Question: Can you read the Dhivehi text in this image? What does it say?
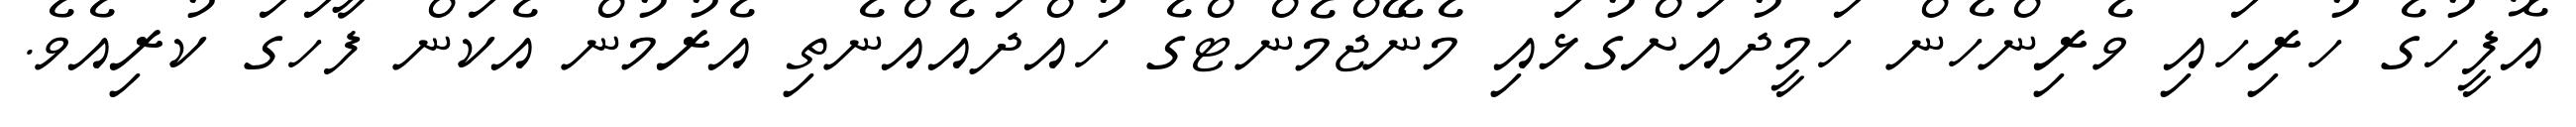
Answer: އޮފީހުގެ ހުރިހައި ވެރިންހެން ހަމީދުއަށްގުޅައި މެނޭޖްމެންޓްގެ ހުއްދައެއްނެތި އެރުމުން އެކަން ފާހަގަ ކުރިއެވެ.